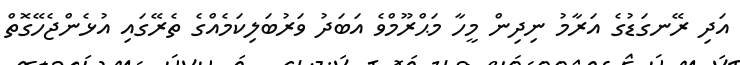
އަދި ރޭނގަޑުގެ އަރާމު ނިދިން މީހާ މަޙްރޫމްވެ އަބަދު ވަރުބަލިކަމެއްގެ ތެރޭގައި އުޅެންޖެހޭގޮތް